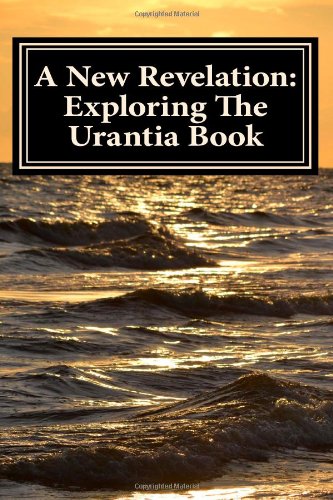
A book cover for A New Revelation: Exploring The Urantia Book; Mr. James R Watkins; Religion & Spirituality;